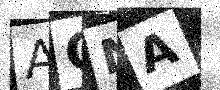
Text: AQNA